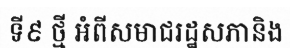
ទី៩ ថ្មី អំពីសមាជរដ្ឋសភានិង